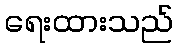
ရေးထားသည်